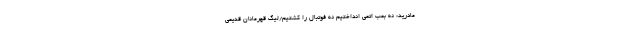
مادرید: نه بمب اتمی انداختیم نه فوتبال را کشتیم/لیگ قهرمانان قدیمی